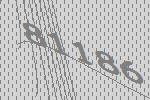
81186